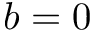
b = 0